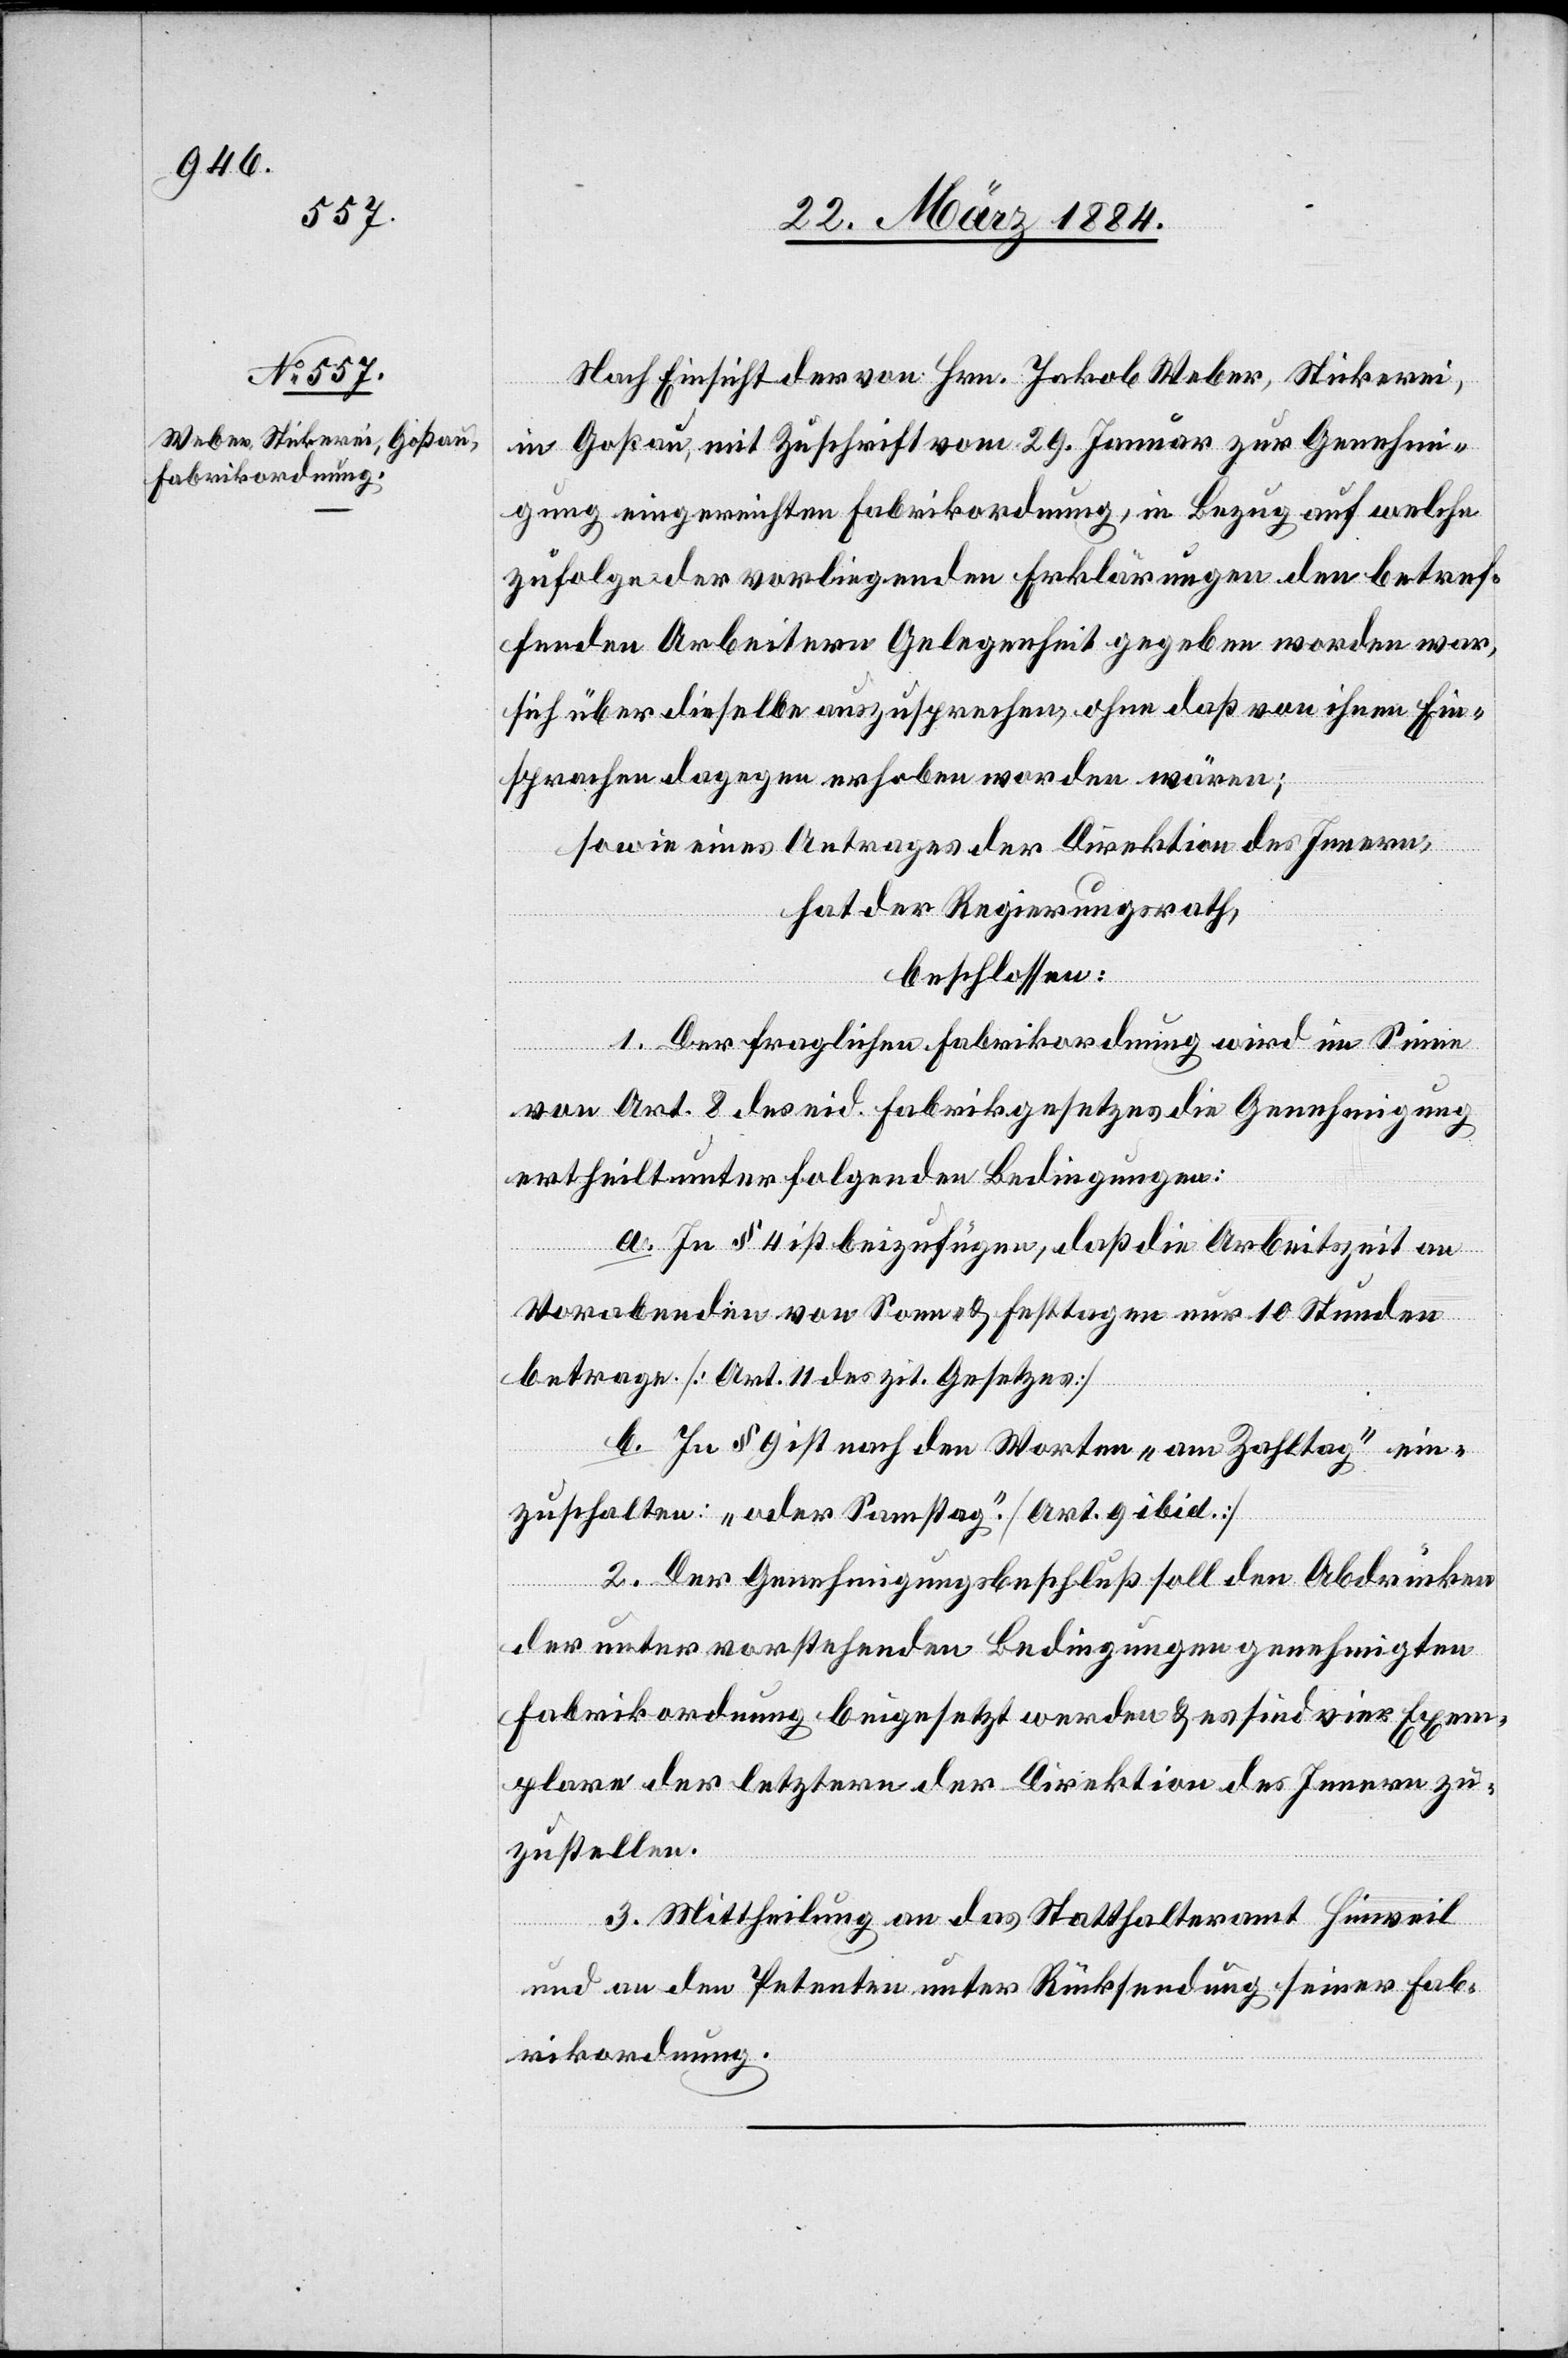
Nach Einsicht der von Hrn. Jakob Weber, Stickerei,
in Goßau, mit Zuschrift vom 29. Januar zur Genehmi¬
gung eingereichten Fabrikordnung, in Bezug auf welche
zufolge der vorliegenden Erklärung den betref¬
fenden Arbeitern Gelegenheit gegeben worden war,
sich über dieselbe auszusprechen, ohne daß von ihnen Ein¬
sprachen dagegen erhoben worden wären;
sowie eines Antrags der Direktion des Innern,
hat der Regierungsrath,
beschlossen:
1. Der fraglichen Fabrikordnung wird im Sinne
von Art. 8 des eid. Fabrikgesetzes die Genehmigung
ertheilt unter folgenden Bedingungen:
a. In § 4 ist beizufügen, daß die Arbeitszeit an
Vorabenden von Sonn- & Festtagen nur 10 Stunden
betrage [Art. 11 des zit. Gesetzes].
b. In § 9 ist nach den Worten „am Zahltag“ ein¬
zuschalten: „oder Samstag“. [Art. 9 ibid.]
2. Der Genehmigungsbeschluß soll den Abdrücken
der unter vorstehenden Bedingungen genehmigten
Fabrikordnung beigesetzt werden & es sind vier Exem¬
plare der letztern der Direktion des Innern zu¬
zustellen.
3. Mittheilung an das Statthalteramt Hinweil
und an den Petenten unter Rücksendung seiner Fab¬
rikordnung.